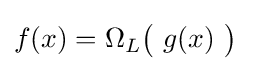
f(x)=\Omega _{L}{\bigl (}\ g(x)\ {\bigr )}\quad